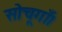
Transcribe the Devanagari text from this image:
सोचूगाँ।